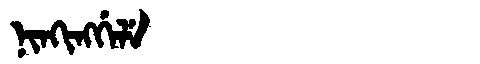
Manchu: ᠨᡳᠨᡴᡳᠩᡤᡝᠯᡝ
Romanization: NINKINGGELE